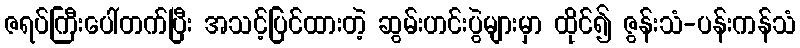
ဇရပ်ကြီးပေါ်တက်ပြီး အသင့်ပြင်ထားတဲ့ ဆွမ်းဟင်းပွဲများမှာ ထိုင်၍ ဇွန်းသံ-ပန်းကန်သံ